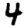
Digit: 4